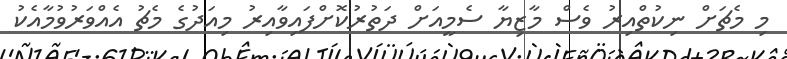
މި މެޗަށް ނިކުތްއިރު ވެސް މާޒިޔާ ސެމީއަށް ދަތުރުކޮށްފައިވާއިރު މިއަދުގެ މެޗު އެއްވަރުވުމާއެކު